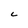
Character: L